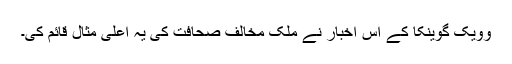
وویک گوینکا کے اس اخبار نے ملک مخالف صحافت کی یہ اعلیٰ مثال قائم کی۔